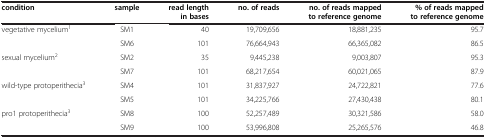
| condition | sample | read length in bases | no. of reads | no. of reads mappedto reference genome | % of reads mappedto reference genome |
 | --- | --- | --- | --- | --- | --- |
 | <ROWSPAN=2> vegetative mycelium1 | SM1 | 40 | 19,709,656 | 18,881,235 | 95.7 |
 | SM6 | 101 | 76,664,943 | 66,365,082 | 86.5 |
 | <ROWSPAN=2> sexual mycelium2 | SM2 | 35 | 9,445,238 | 9,003,807 | 95.3 |
 | SM7 | 101 | 68,217,654 | 60,021,065 | 87.9 |
 | <ROWSPAN=2> wild-type protoperithecia3 | SM4 | 101 | 31,837,927 | 24,722,821 | 77.6 |
 | SM5 | 101 | 34,225,766 | 27,430,438 | 80.1 |
 | pro1 protoperithecia3 | SM8 | 100 | 52,257,489 | 30,321,586 | 58.0 |
 |  | SM9 | 100 | 53,996,808 | 25,265,576 | 46.8 |